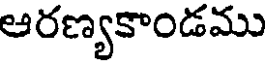
ఆరణ్యకాండము